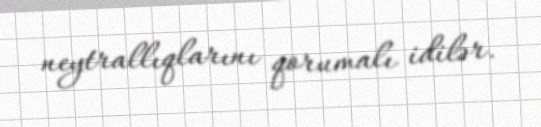
neytrallıqlarını qorumalı idilər.